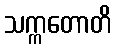
သက္ကတောတိ